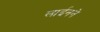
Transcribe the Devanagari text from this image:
लाईनने